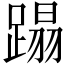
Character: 蹋